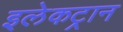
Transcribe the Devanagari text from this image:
इलेकट्रान